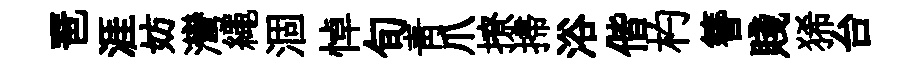
琶涯妨灣繩涸悼旬靑爪撩掃浴偕杓簪賤狶台